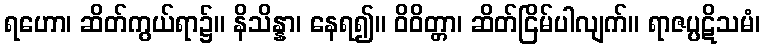
ရဟော၊ ဆိတ်ကွယ်ရာ၌။ နိသိန္နာ၊ နေရ၍။ ဝိဝိတ္တာ၊ ဆိတ်ငြိမ်ပါလျက်။ ရာဇပ္ပဋိသမံ၊